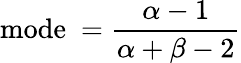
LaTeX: {\mathrm{mode~}}={\frac{\alpha-1}{\alpha+\beta-2}}